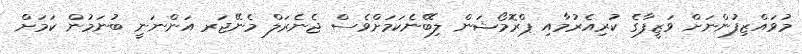
މުވައްޒިފުންނަށް ވަޒީފާގެ ކުރިއެރުމާއި ޕްރޮމޯޝަން ލިބޭނެކަމަށްވެސް ޖެނެރަލް މެނޭޖަރ އަންނަނީ ބުނަމުން ކަމަށް